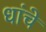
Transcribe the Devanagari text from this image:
धांचे